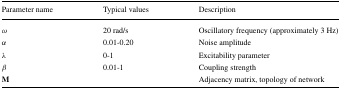
<table><thead><tr><td><b>Parameter name</b></td><td><b>Typical values</b></td><td><b>Description</b></td></tr></thead><tbody><tr><td><i>ω</i></td><td>20 rad/s</td><td>Oscillatory frequency (approximately 3 Hz)</td></tr><tr><td><i>α</i></td><td>0.01-0.20</td><td>Noise amplitude</td></tr><tr><td><i>λ</i></td><td>0-1</td><td>Excitability parameter</td></tr><tr><td><i>β</i></td><td>0.01-1</td><td>Coupling strength</td></tr><tr><td><b>M</b></td><td></td><td>Adjacency matrix, topology of network</td></tr></tbody></table>